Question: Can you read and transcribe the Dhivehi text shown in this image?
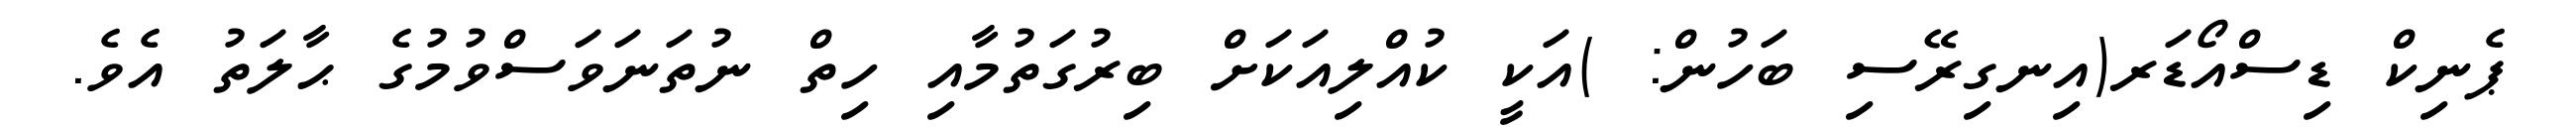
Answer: ޕެނިކް ޑިސްއޯޑަރ(އިނގިރޭސި ބަހުން: )އަކީ ކުއްލިއަކަށް ބިރުގަތުމާއި ހިތް ނުތަނަވަސްވުމުގެ ޙާލަތު އެވެ.